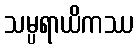
သမ္ပရာယိကဿ